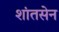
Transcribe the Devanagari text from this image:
शांतसेन